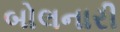
બોલનારી